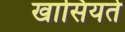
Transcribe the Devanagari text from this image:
खासियते